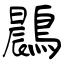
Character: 鷐